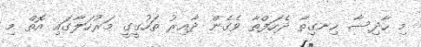
މި ހާދިސާ ހިނގިތާ ދެހަފްތާ ވެގެން ދާއިރު ތަހުގީގީ މަރުހަލާގައި އޮތް މި